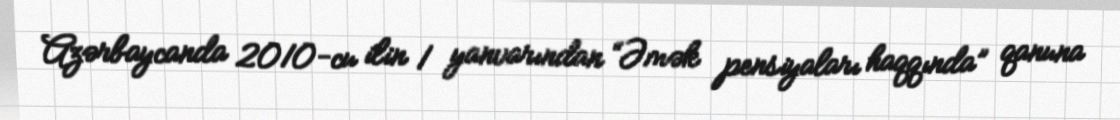
Azərbaycanda 2010-cu ilin 1 yanvarından “Əmək pensiyaları haqqında” qanuna